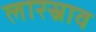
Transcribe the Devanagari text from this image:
लारस्राव